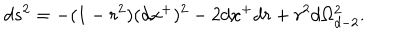
d s ^ { 2 } = - ( 1 - r ^ { 2 } ) ( d x ^ { + } ) ^ { 2 } - 2 d x ^ { + } d r + r ^ { 2 } d \Omega _ { d - 2 } ^ { 2 } .